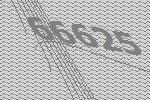
66625